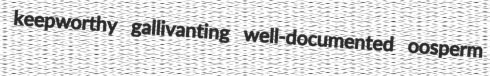
keepworthy gallivanting well-documented oosperm